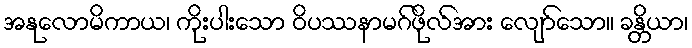
အနုလောမိကာယ၊ ကိုးပါးသော ဝိပဿနာမဂ်ဖိုလ်အား လျော်သော။ ခန္တိယာ၊